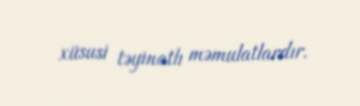
xüsusi təyinatlı məmulatlardır.